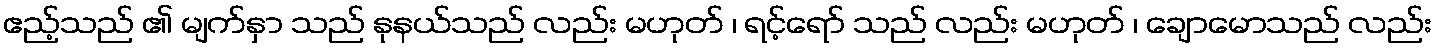
ဧည့်သည် ၏ မျက်နှာ သည် နုနယ်သည် လည်း မဟုတ် ၊ ရင့်ရော် သည် လည်း မဟုတ် ၊ ချောမောသည် လည်း